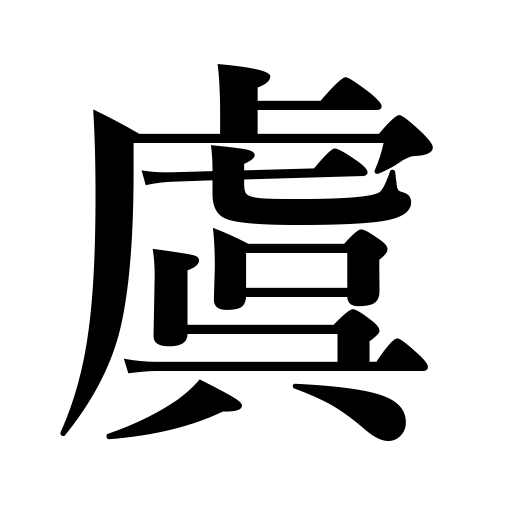
Meanings: anxiety,fear,uneasiness,concern